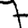
Digit: 7